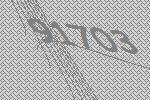
91703